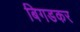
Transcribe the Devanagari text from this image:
बिगडकर